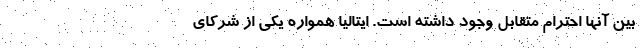
بین آنها احترام متقابل وجود داشته است. ایتالیا همواره یکی از شرکای